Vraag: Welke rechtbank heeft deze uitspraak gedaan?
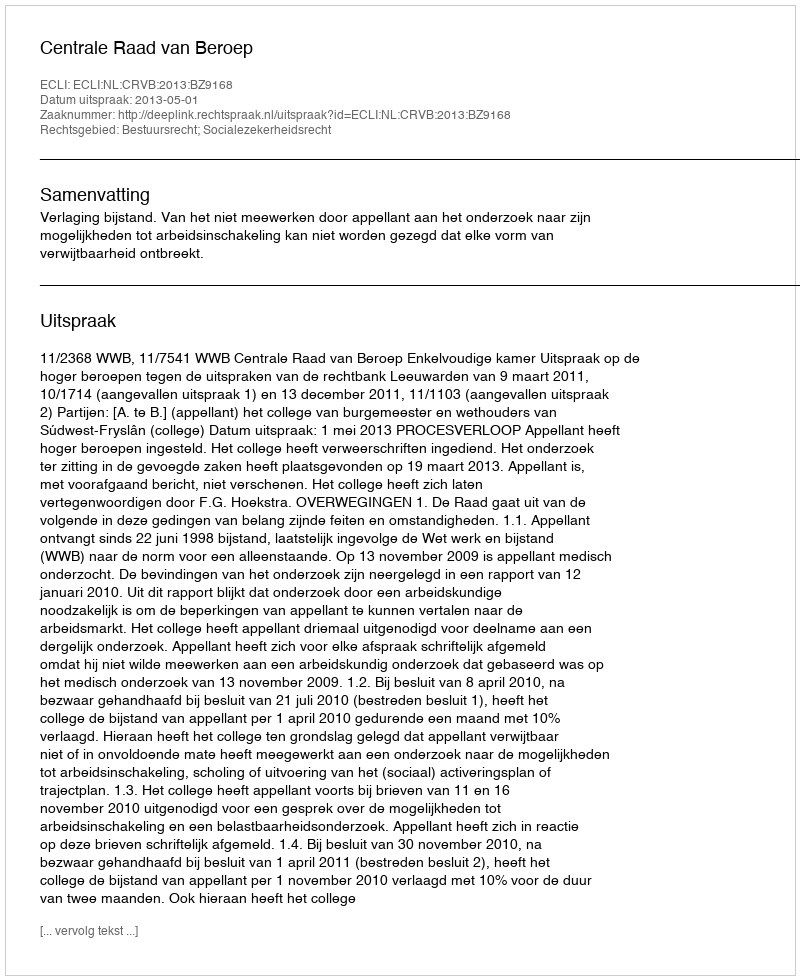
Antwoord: Centrale Raad van Beroep